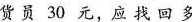
货员30元，应找回多